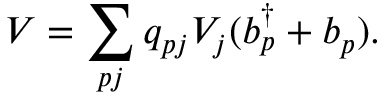
V = \sum _ { p j } q _ { p j } V _ { j } ( b _ { p } ^ { \dagger } + b _ { p } ) .